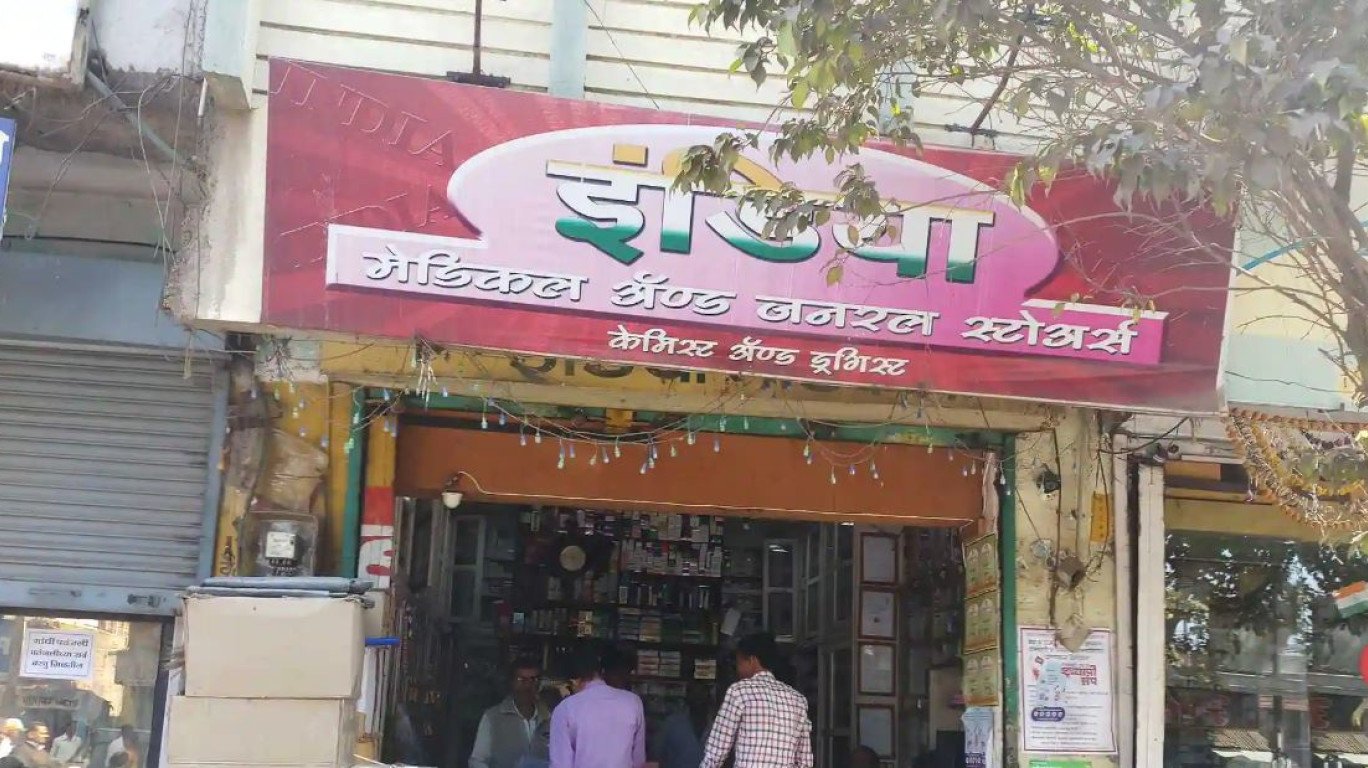
Language: marathi
Transcription: मेडिकल अँण्ड स्टोअर्स केमिस्ट ड्रगिस्ट जनरल अँण्ड